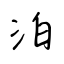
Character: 泊